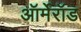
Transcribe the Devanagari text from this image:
ऑर्मेरॉड